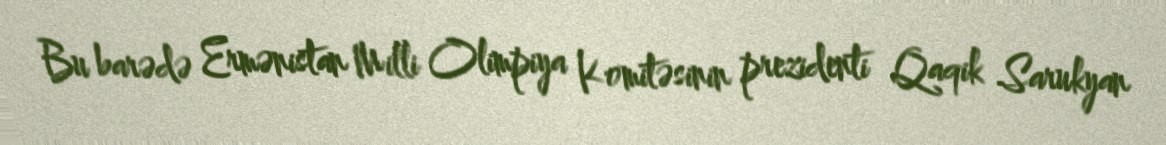
Bu barədə Ermənistan Milli Olimpiya Komitəsinin prezidenti Qaqik Sarukyan